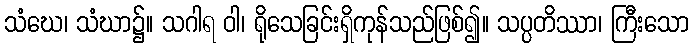
သံဃေ၊ သံဃာ၌။ သဂါရ ဝါ၊ ရိုသေခြင်းရှိကုန်သည်ဖြစ်၍။ သပ္ပတိဿာ၊ ကြီးသော